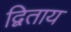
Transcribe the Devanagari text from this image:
द्विताय